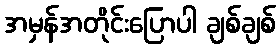
အမှန်အတိုင်းပြောပါ ချစ်ချစ်